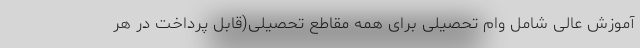
آموزش عالی شامل وام تحصیلی برای همه مقاطع تحصیلی(قابل پرداخت در هر